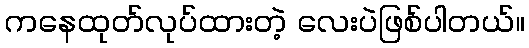
ကနေထုတ်လုပ်ထားတဲ့ လေးပဲဖြစ်ပါတယ်။